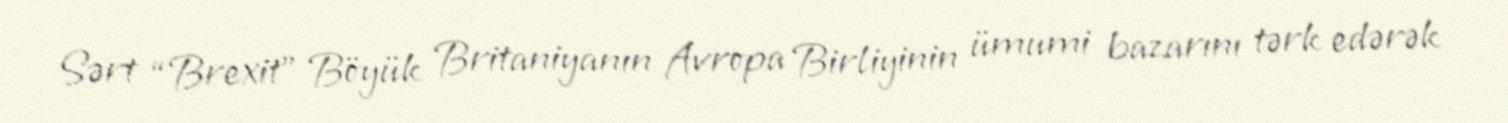
Sərt “Brexit” Böyük Britaniyanın Avropa Birliyinin ümumi bazarını tərk edərək